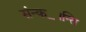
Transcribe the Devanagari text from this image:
संन्क॒।न्ति